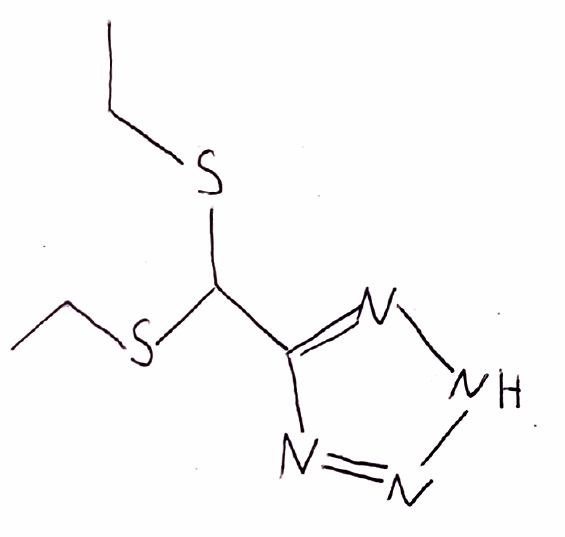
Simplified molecular-input line-entry system (SMILES) notation of the given molecule:
CCSC(C1=NNN=N1)SCC